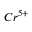
C r ^ { 5 + }